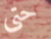
حتى